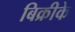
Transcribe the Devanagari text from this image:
बिक्रीके